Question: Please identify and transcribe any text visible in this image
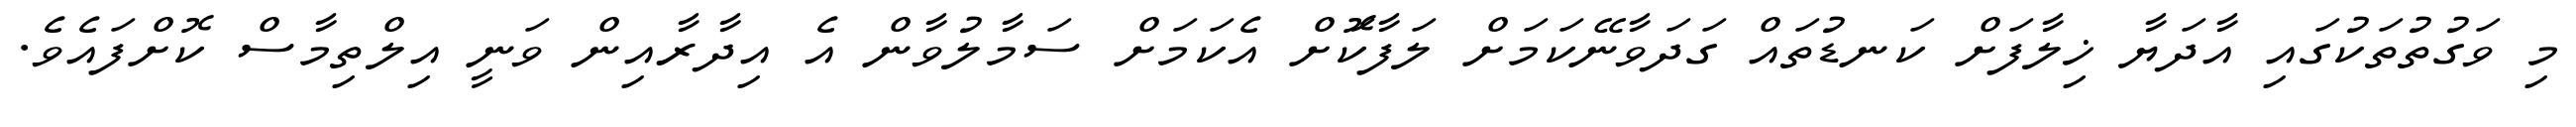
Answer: މި ވަގުތުތަކުގައި އާދަޔާ ޚިލާފަށް ކަނޑުތައް ގަދަވާނޭކަމަށް ލަފާކޮަށް އެކަމަށް ސަމާލުވާން އެ އިދާރާއިން ވަނީ އިލްތިމާސް ކޮށްފައެވެ.